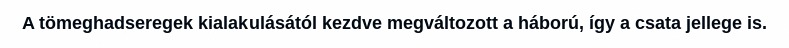
A tömeghadseregek kialakulásától kezdve megváltozott a háború, így a csata jellege is.